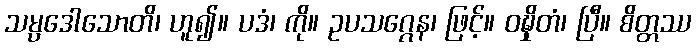
သမ္ပဒေါသောတိ၊ ဟူ၍။ ပဒံ၊ ကို။ ဥပသဂ္ဂေန၊ ဖြင့်။ ဝဍ္ဎှိတံ၊ ပြီ။ စိတ္တဿ